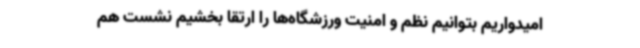
امیدواریم بتوانیم نظم ‌و امنیت ورزشگاه‌ها را ارتقا بخشیم نشست هم‌